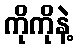
ကိုကိုနဲ့